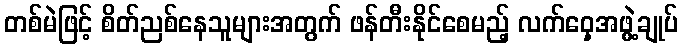
တစ်မဲဖြင့် စိတ်ညစ်နေသူများအတွက် ဖန်တီးနိုင်စေမည့် လက်ဝှေ့အဖွဲ့ချုပ်